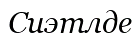
Сиэтлде